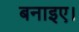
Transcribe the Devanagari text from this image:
बनाइए।